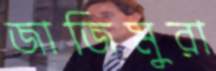
জাজিমুরা